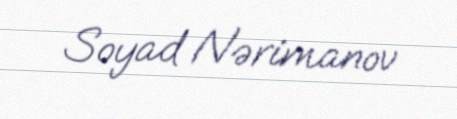
Soyad Nərimanov